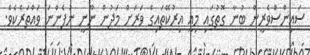
ސައިންސްވެރީން ބުނާ ގޮތުގައި މިއީ އިރުކޭތައިގެ ވަރަށް މަދުން ނޫނީ ނުފެންނަ ވައްތަރެކެވެ.